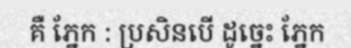
គឺ ភ្នែក : ប្រសិនបើ ដូច្នេះ ភ្នែក